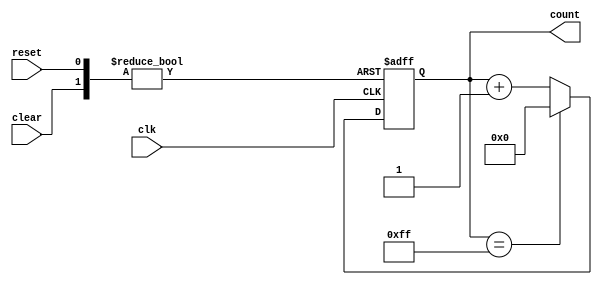
module ModulusCounter (
    input wire clk,
    input wire reset,
    input wire clear,
    output reg [7:0] count
);

reg [7:0] next_count;

always @ (posedge clk or posedge reset or posedge clear)
begin
    if (reset)
        count <= 8'd0;
    else if (clear)
        count <= 8'd0;
    else
        count <= next_count;
end

always @ (*)
begin
    if (count == 8'd255) // Maximum count value
        next_count = 8'd0;
    else
        next_count = count + 1;
end

endmodule